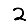
Digit: 2